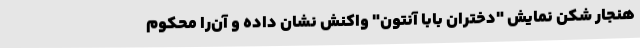
هنجار شکن نمایش "دختران بابا آنتون" واکنش نشان داده و آن‌را محکوم